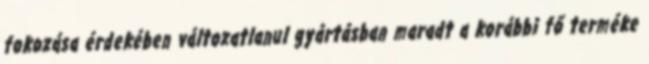
fokozása érdekében változatlanul gyártásban maradt a korábbi fő terméke